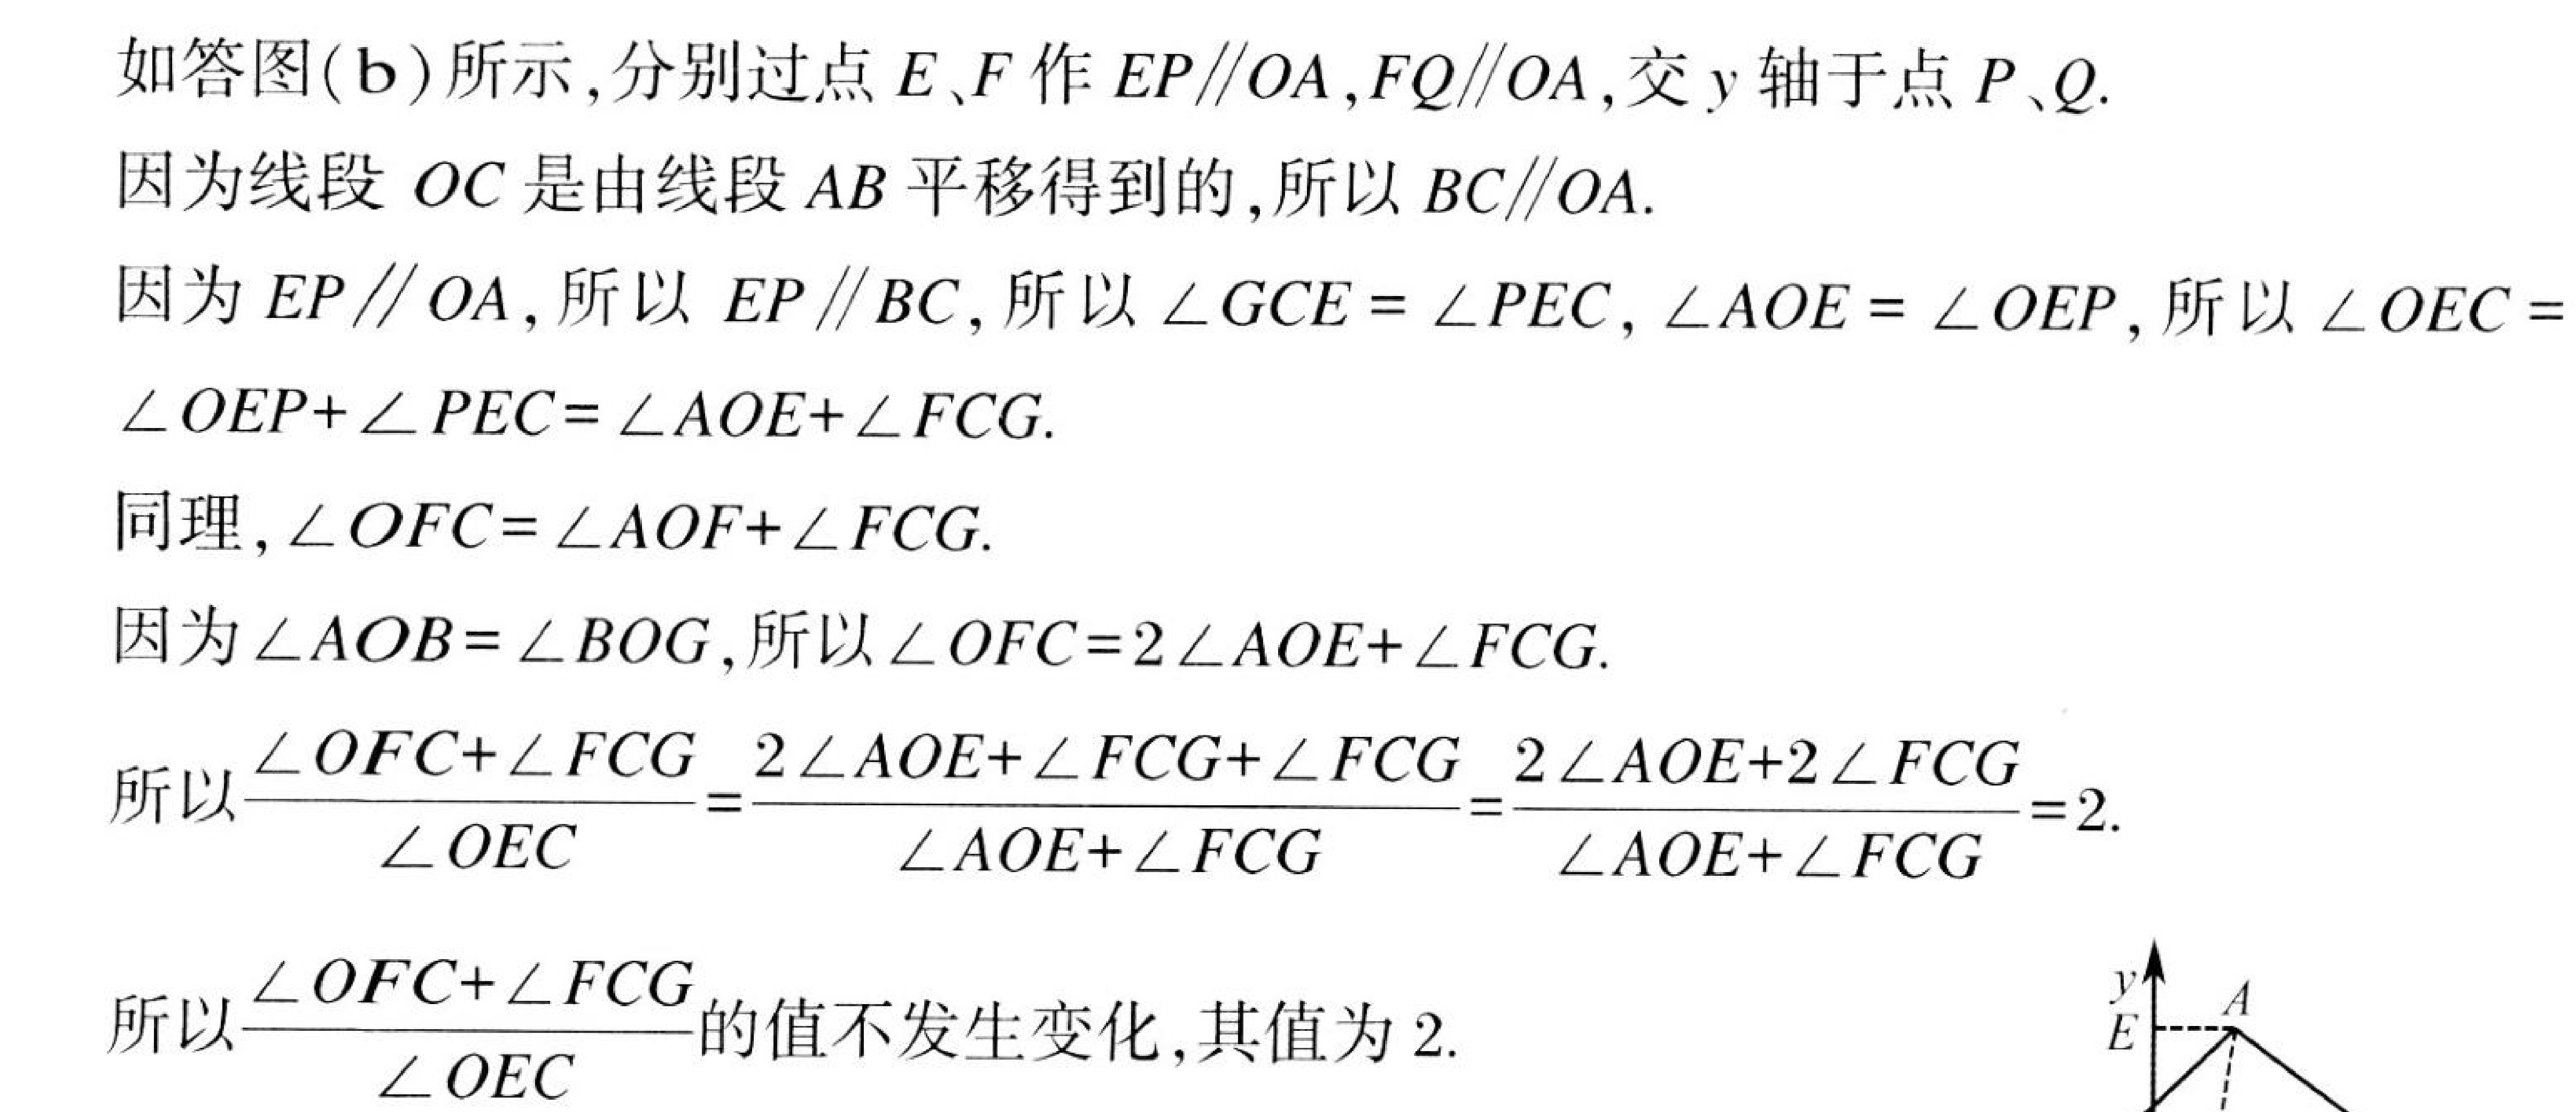
如答图(b)所示,分别过点\(E、F\)作\(EP\parallel OA,FQ\parallel OA\),交\(y\)轴于点\(P、Q\).
因为线段\(OC\)是由线段\(AB\)平移得到的,所以\(BC\parallel OA\).
因为\(EP\parallel OA\), 所以 \(EP\parallel BC\), 所以 \(\angle GCE = \angle PEC\), \(\angle AOE = \angle OEP\), 所以 \(\angle OEC = \angle OEP+\angle PEC=\angle AOE+\angle FCG\).
同理, \(\angle OFC=\angle AOF+\angle FCG\).
因为\(\angle AOB = \angle BOG\),所以\(\angle OFC = 2\angle AOE+\angle FCG\).
所以\(\frac{\angle OFC+\angle FCG}{\angle OEC}=\frac{2\angle AOE+\angle FCG+\angle FCG}{\angle AOE+\angle FCG}=\frac{2\angle AOE + 2\angle FCG}{\angle AOE+\angle FCG}=2\).
所以\(\frac{\angle OFC+\angle FCG}{\angle OEC}\)的值不发生变化,其值为\(2\).
![图](https://pic2.zhimg.com/v2-88c8c6d69789d2a27d86c6d8996989c3_b.jpg)